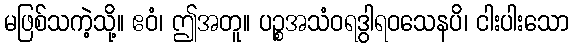
မဖြစ်သကဲ့သို့။ ဧဝံ၊ ဤအတူ။ ပဉ္စအသံဝရဒွါရဝသေနပိ၊ ငါးပါးသော